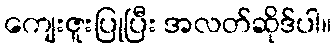
ကျေးဇူးပြုပြီး အလတ်ဆိုဒ်ပါ။